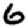
Digit: 6